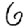
Digit: 6